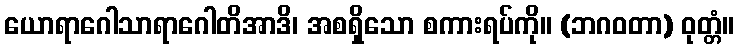
ယောရာဂေါသာရာဂေါတိအာဒိ၊ အစရှိသော စကားရပ်ကို။ (ဘဂဝတာ) ဝုတ္တံ။